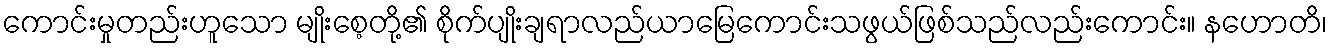
ကောင်းမှုတည်းဟူသော မျိုးစေ့တို့၏ စိုက်ပျိုးချရာလည်ယာမြေကောင်းသဖွယ်ဖြစ်သည်လည်းကောင်း။ နဟောတိ၊